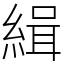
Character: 緝